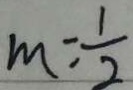
m = \frac { 1 } { 2 }